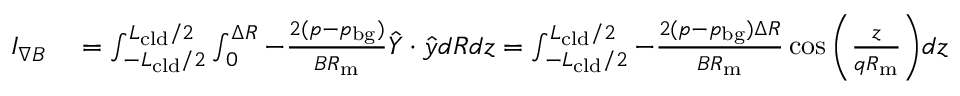
\begin{array} { r l } { I _ { \nabla B } } & { { } = \int _ { - L _ { \mathrm { c l d } } / 2 } ^ { L _ { \mathrm { c l d } } / 2 } \int _ { 0 } ^ { \Delta R } - \frac { 2 ( p - p _ { \mathrm { b g } } ) } { B R _ { \mathrm { m } } } \hat { Y } \cdot \hat { y } d R d z = \int _ { - L _ { \mathrm { c l d } } / 2 } ^ { L _ { \mathrm { c l d } } / 2 } - \frac { 2 ( p - p _ { \mathrm { b g } } ) \Delta R } { B R _ { \mathrm { m } } } \cos { \left( \frac { z } { q R _ { \mathrm { m } } } \right) } d z } \end{array}